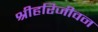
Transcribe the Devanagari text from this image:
श्रीहरिजीवन